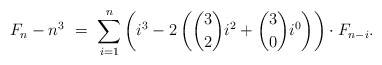
\begin{align*}F_n - n^3 \ = \ \sum_{i=1}^{n} \left(i^3 - 2\left( \binom{3}{2}i^2+\binom{3}{0}i^0\right)\right) \cdot F_{n-i}.\end{align*}